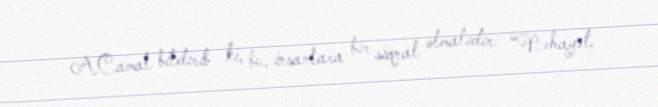
A.Camal bildirib ki, bu, insanlara bir siqnal olmalıdır: “Nəhayət,